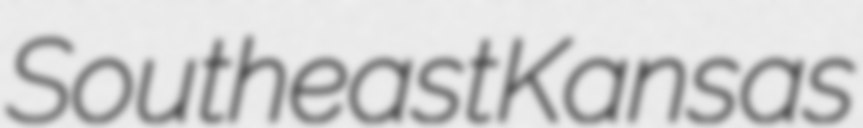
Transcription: Southeast Kansas